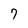
Character: 7